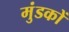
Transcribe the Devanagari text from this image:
मुंडकों